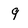
Character: 9